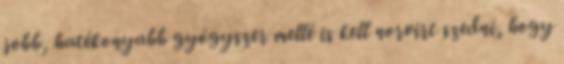
jobb, hatékonyabb gyógyszer mellé is kell norvirt szedni, hogy